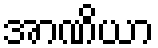
အာဏိယာ